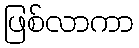
ဖြစ်လာကာ